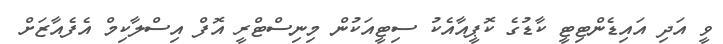
ވީ އަދި އައިޑެންޓިޓީ ކާޑުގެ ކޮޕީއާއެކު ސިޓީއަކުން މިނިސްޓްރީ އޮފް އިސްލާކިމް އެފެއާޒަށް